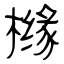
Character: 橼